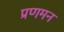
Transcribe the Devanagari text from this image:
प्रणमन